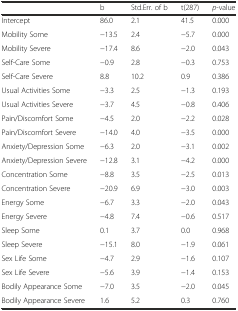
|  | b | Std.Err. of b | t(287) | p-value |
 | --- | --- | --- | --- | --- |
 | Intercept | 86.0 | 2.1 | 41.5 | 0.000 |
 | Mobility Some | −13.5 | 2.4 | −5.7 | 0.000 |
 | Mobility Severe | −17.4 | 8.6 | −2.0 | 0.043 |
 | Self-Care Some | −0.9 | 2.8 | −0.3 | 0.753 |
 | Self-Care Severe | 8.8 | 10.2 | 0.9 | 0.386 |
 | Usual Activities Some | −3.3 | 2.5 | −1.3 | 0.193 |
 | Usual Activities Severe | −3.7 | 4.5 | −0.8 | 0.406 |
 | Pain/Discomfort Some | −4.5 | 2.0 | −2.2 | 0.028 |
 | Pain/Discomfort Severe | −14.0 | 4.0 | −3.5 | 0.000 |
 | Anxiety/Depression Some | −6.3 | 2.0 | −3.1 | 0.002 |
 | Anxiety/Depression Severe | −12.8 | 3.1 | −4.2 | 0.000 |
 | Concentration Some | −8.8 | 3.5 | −2.5 | 0.013 |
 | Concentration Severe | −20.9 | 6.9 | −3.0 | 0.003 |
 | Energy Some | −6.7 | 3.3 | −2.0 | 0.043 |
 | Energy Severe | −4.8 | 7.4 | −0.6 | 0.517 |
 | Sleep Some | 0.1 | 3.7 | 0.0 | 0.968 |
 | Sleep Severe | −15.1 | 8.0 | −1.9 | 0.061 |
 | Sex Life Some | −4.7 | 2.9 | −1.6 | 0.107 |
 | Sex Life Severe | −5.6 | 3.9 | −1.4 | 0.153 |
 | Bodily Appearance Some | −7.0 | 3.5 | −2.0 | 0.045 |
 | Bodily Appearance Severe | 1.6 | 5.2 | 0.3 | 0.760 |